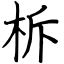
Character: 柝